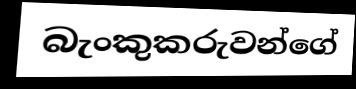
බැංකුකරුවන්ගේ